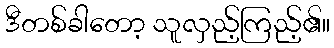
ဒီတစ်ခါတော့ သူလှည့်ကြည့်၏။